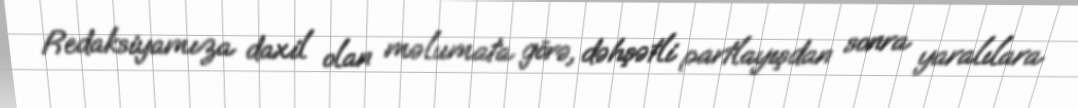
Redaksiyamıza daxil olan məlumata görə, dəhşətli partlayışdan sonra yaralılara